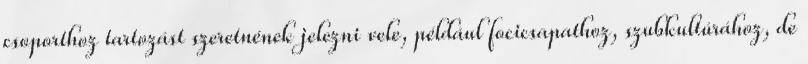
csoporthoz tartozást szeretnének jelezni vele, például focicsapathoz, szubkultúrához, de